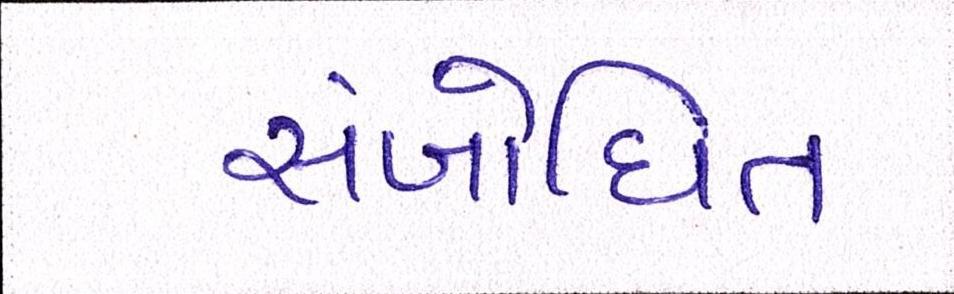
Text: સંબોધિત